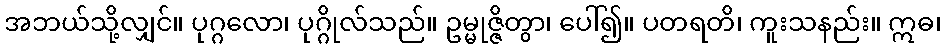
အဘယ်သို့လျှင်။ ပုဂ္ဂလော၊ ပုဂ္ဂိုလ်သည်။ ဥမ္မုဇ္ဇိတွာ၊ ပေါ်၍။ ပတရတိ၊ ကူးသနည်း။ ဣဓ၊